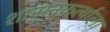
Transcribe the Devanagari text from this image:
शासनकर्त्याला